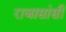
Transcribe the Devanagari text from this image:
राजासांसी